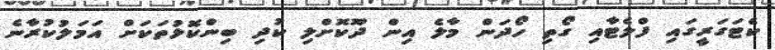
ކެޓަގަރީގައި ފްލެޓާއި ގޯތި ހޯދަން މާލެ އިން ދޫކޮށްލި ކުދި ބިންކޮޅުތަކަށް އަމަލުކުރާނެ